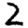
Digit: 2